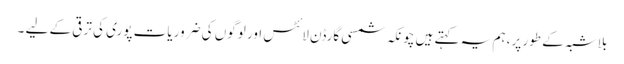
بلاشبہ کے طور پر، ہم یہ کہتے ہیں چونکہ شمسی گارڈن لائٹس اور لوگوں کی ضروریات پوری کی ترقی کے لیے ۔